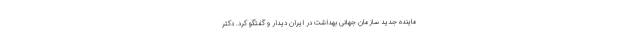
ماینده جدید سازمان جهانی بهداشت در ایران دیدار و گفتگو کرد. دکتر